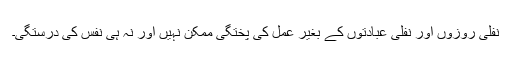
نفلی روزوں اور نفلی عبادتوں کے بغیر عمل کی پختگی ممکن نہیں اور نہ ہی نفس کی درستگی۔